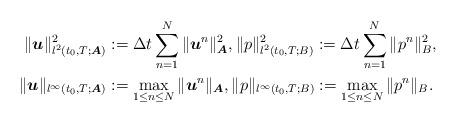
LaTeX: \begin{align*}\|\boldsymbol{u}\|_{l^2(t_0,T;\boldsymbol{A})}^2 &:=\Delta t\sum_{n=1}^N\|\boldsymbol{u}^n\|_{\boldsymbol{A}}^2, \|p\|_{l^2(t_0,T;B)}^2:=\Delta t\sum_{n=1}^N\|p^n\|_B^2, \\\|\boldsymbol{u}\|_{l^\infty(t_0,T;\boldsymbol{A})} &:=\max_{1\le n\le N} \|\boldsymbol{u}^n\|_{\boldsymbol{A}}, \|p\|_{l^\infty(t_0,T;B)}:=\max_{1\le n\le N} \|p^n\|_B.\end{align*}